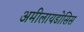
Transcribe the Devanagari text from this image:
अमीलायडोसिस